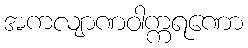
အကလျာဏဝါက္ကရဏော